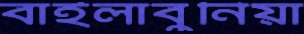
বাইলাবুনিয়া